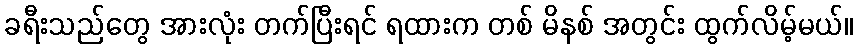
ခရီးသည်တွေ အားလုံး တက်ပြီးရင် ရထားက တစ် မိနစ် အတွင်း ထွက်လိမ့်မယ်။